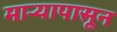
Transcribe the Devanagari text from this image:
माऱ्यापासून